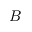
B